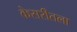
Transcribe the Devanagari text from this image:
केसरीतला